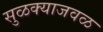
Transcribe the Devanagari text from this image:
सुळक्याजवळ